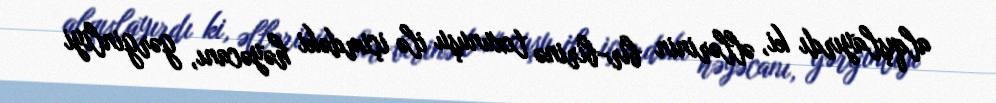
alqışlayırdı ki, əllərinin bir-birinə toxunuşu ilə içimdəki həyəcanı, gərginliyi